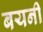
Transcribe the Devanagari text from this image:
बयनी